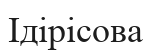
Ідірісова